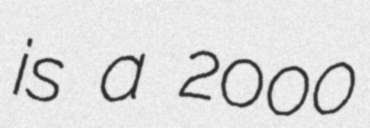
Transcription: is a 2000